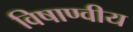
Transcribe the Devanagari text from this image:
विषाण्वीय